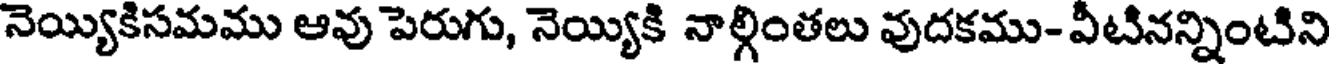
నెయ్యికిసమము ఆవు పెరుగు, నెయ్యికి నాల్గింతలు వుదకము- వీటినన్నింటిని